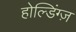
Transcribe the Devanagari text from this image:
होल्डिंग्ज़